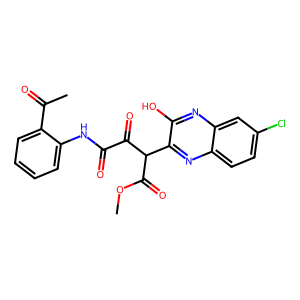
SMILES: COC(=O)C(C(=O)C(=O)Nc1ccccc1C(C)=O)c1nc2ccc(Cl)cc2nc1O
Inhibits HIV replication: No